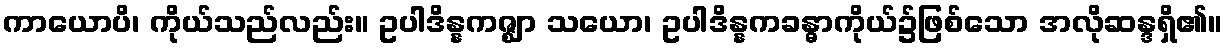
ကာယောပိ၊ ကိုယ်သည်လည်း။ ဥပါဒိန္နကဇ္ဈာ သယော၊ ဥပါဒိန္နကခန္ဓာကိုယ်၌ဖြစ်သော အလိုဆန္ဒရှိ၏။